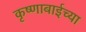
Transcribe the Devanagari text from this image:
कृष्णाबाईच्या